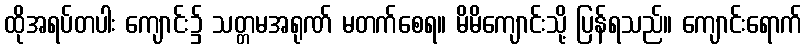
ထိုအရပ်တပါး ကျောင်း၌ သတ္တမအရုဏ် မတက်စေရ။ မိမိကျောင်းသို့ ပြန်ရသည်။ ကျောင်းရောက်